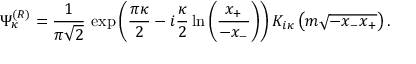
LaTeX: \Psi _ { \kappa } ^ { ( R ) } = \frac 1 { \pi \sqrt { 2 } } \, \exp \left( \frac { \pi \kappa } 2 - i \frac { \kappa } 2 \ln \left( \frac { x _ { + } } { - x _ { - } } \right) \right) K _ { i \kappa } \left( m \sqrt { - x _ { - } x _ { + } } \right) .